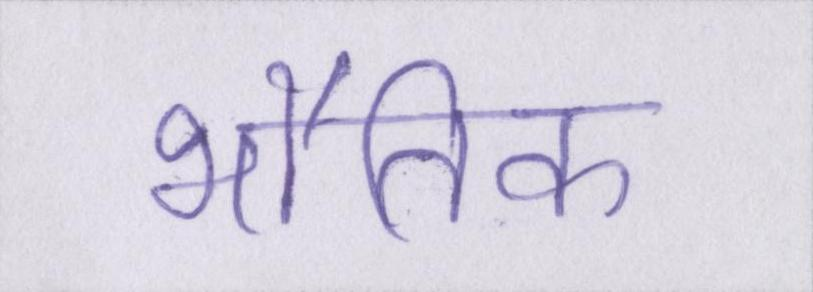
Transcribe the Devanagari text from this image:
भौतिक